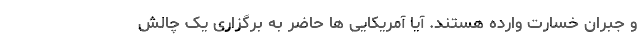
و جبران خسارت وارده هستند. آیا آمریکایی ها حاضر به برگزاری یک چالش